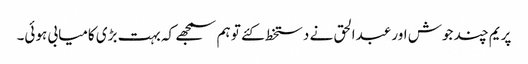
پریم چند جوش اور عبدالحق نے دستخط کئے تو ہم سمجھے کہ بہت بڑی کامیابی ہوئی۔